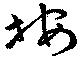
按